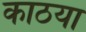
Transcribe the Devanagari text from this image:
काठया